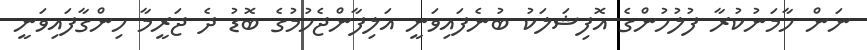
ނަން ހާމަނުކުރާ ފުލުހުންގެ އޮފިޝަލަކު ބުނެފައިވަނީ އަލިފާންޖެހުމުގެ ބޮޑު ދެ ޖަރީމާ ހިންގާފައިވަނީ